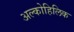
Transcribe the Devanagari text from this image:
अल्कोहिलिक